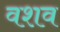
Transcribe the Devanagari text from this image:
वशव